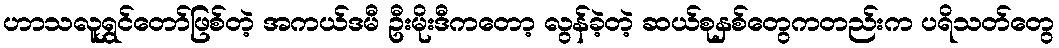
ဟာသလူရွှင်တော်ဖြစ်တဲ့ အကယ်ဒမီ ဦးမိုးဒီကတော့ လွန်ခဲ့တဲ့ ဆယ်စုနှစ်တွေကတည်းက ပရိသတ်တွေ